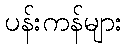
ပန်းကန်များ